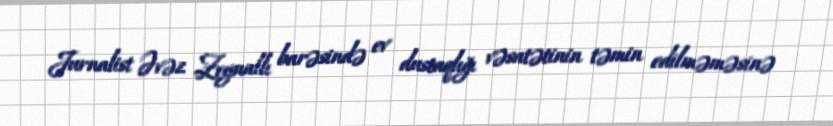
Jurnalist Əvəz Zeynallı barəsində ev dustaqlığı vəsatətinin təmin edilməməsinə